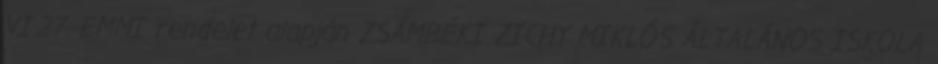
VI.27. EMMI rendelet alapján ZSÁMBÉKI ZICHY MIKLÓS ÁLTALÁNOS ISKOLA